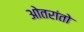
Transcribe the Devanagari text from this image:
ओतरांतो